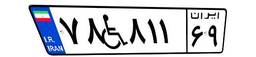
۵۱W۹۵۷۳۱